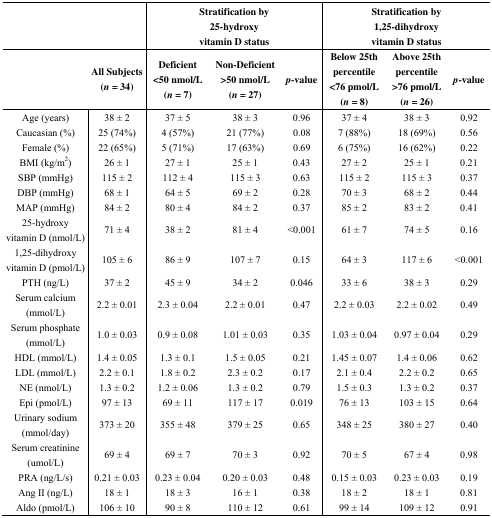
<table><thead><tr><td colspan="2"></td><td colspan="3"><b>Stratification by 25-hydroxy vitamin D status</b></td><td colspan="3"><b>Stratification by 1,25-dihydroxy vitamin D status</b></td></tr><tr><td></td><td><b>All Subjects (<i>n =</i> 34)</b></td><td><b>Deficient &lt;50 nmol/L (<i>n =</i> 7)</b></td><td><b>Non-Deficient &gt;50 nmol/L (<i>n =</i> 27)</b></td><td><b><i>p</i>-value</b></td><td><b>Below 25th percentile &lt;76 pmol/L (<i>n =</i> 8)</b></td><td><b>Above 25th percentile &gt;76 pmol/L (<i>n =</i> 26)</b></td><td><b><i>p</i>-value</b></td></tr></thead><tbody><tr><td>Age (years)</td><td>38 ± 2</td><td>37 ± 5</td><td>38 ± 3</td><td>0.96</td><td>37 ± 4</td><td>38 ± 3</td><td>0.92</td></tr><tr><td>Caucasian (%)</td><td>25 (74%)</td><td>4 (57%)</td><td>21 (77%)</td><td>0.08</td><td>7 (88%)</td><td>18 (69%)</td><td>0.56</td></tr><tr><td>Female (%)</td><td>22 (65%)</td><td>5 (71%)</td><td>17 (63%)</td><td>0.69</td><td>6 (75%)</td><td>16 (62%)</td><td>0.22</td></tr><tr><td>BMI (kg/m<sup>2</sup>)</td><td>26 ± 1</td><td>27 ± 1</td><td>25 ± 1</td><td>0.43</td><td>27 ± 2</td><td>25 ± 1</td><td>0.21</td></tr><tr><td>SBP (mmHg)</td><td>115 ± 2</td><td>112 ± 4</td><td>115 ± 3</td><td>0.63</td><td>115 ± 2</td><td>115 ± 3</td><td>0.37</td></tr><tr><td>DBP (mmHg)</td><td>68 ± 1</td><td>64 ± 5</td><td>69 ± 2</td><td>0.28</td><td>70 ± 3</td><td>68 ± 2</td><td>0.44</td></tr><tr><td>MAP (mmHg)</td><td>84 ± 2</td><td>80 ± 4</td><td>84 ± 2</td><td>0.37</td><td>85 ± 2</td><td>83 ± 2</td><td>0.41</td></tr><tr><td>25-hydroxy vitamin D (nmol/L)</td><td>71 ± 4</td><td>38 ± 2</td><td>81 ± 4</td><td>&lt;0.001</td><td>61 ± 7</td><td>74 ± 5</td><td>0.16</td></tr><tr><td>1,25-dihydroxy vitamin D (pmol/L)</td><td>105 ± 6</td><td>86 ± 9</td><td>107 ± 7</td><td>0.15</td><td>64 ± 3</td><td>117 ± 6</td><td>&lt;0.001</td></tr><tr><td>PTH (ng/L)</td><td>37 ± 2</td><td>45 ± 9</td><td>34 ± 2</td><td>0.046</td><td>33 ± 6</td><td>38 ± 3</td><td>0.29</td></tr><tr><td>Serum calcium (mmol/L)</td><td>2.2 ± 0.01</td><td>2.3 ± 0.04</td><td>2.2 ± 0.01</td><td>0.47</td><td>2.2 ± 0.03</td><td>2.2 ± 0.02</td><td>0.49</td></tr><tr><td>Serum phosphate (mmol/L)</td><td>1.0 ± 0.03</td><td>0.9 ± 0.08</td><td>1.01 ± 0.03</td><td>0.35</td><td>1.03 ± 0.04</td><td>0.97 ± 0.04</td><td>0.29</td></tr><tr><td>HDL (mmol/L)</td><td>1.4 ± 0.05</td><td>1.3 ± 0.1</td><td>1.5 ± 0.05</td><td>0.21</td><td>1.45 ± 0.07</td><td>1.4 ± 0.06</td><td>0.62</td></tr><tr><td>LDL (mmol/L)</td><td>2.2 ± 0.1</td><td>1.8 ± 0.2</td><td>2.3 ± 0.2</td><td>0.17</td><td>2.1 ± 0.4</td><td>2.2 ± 0.2</td><td>0.65</td></tr><tr><td>NE (nmol/L)</td><td>1.3 ± 0.2</td><td>1.2 ± 0.06</td><td>1.3 ± 0.2</td><td>0.79</td><td>1.5 ± 0.3</td><td>1.3 ± 0.2</td><td>0.37</td></tr><tr><td>Epi (pmol/L)</td><td>97 ± 13</td><td>69 ± 11</td><td>117 ± 17</td><td>0.019</td><td>76 ± 13</td><td>103 ± 15</td><td>0.64</td></tr><tr><td>Urinary sodium (mmol/day)</td><td>373 ± 20</td><td>355 ± 48</td><td>379 ± 25</td><td>0.65</td><td>348 ± 25</td><td>380 ± 27</td><td>0.40</td></tr><tr><td>Serum creatinine (umol/L)</td><td>69 ± 4</td><td>69 ± 7</td><td>70 ± 3</td><td>0.92</td><td>70 ± 5</td><td>67 ± 4</td><td>0.98</td></tr><tr><td>PRA (ng/L/s)</td><td>0.21 ± 0.03</td><td>0.23 ± 0.04</td><td>0.20 ± 0.03</td><td>0.48</td><td>0.15 ± 0.03</td><td>0.23 ± 0.03</td><td>0.19</td></tr><tr><td>Ang II (ng/L)</td><td>18 ± 1</td><td>18 ± 3</td><td>16 ± 1</td><td>0.38</td><td>18 ± 2</td><td>18 ± 1</td><td>0.81</td></tr><tr><td>Aldo (pmol/L)</td><td>106 ± 10</td><td>90 ± 8</td><td>110 ± 12</td><td>0.61</td><td>99 ± 14</td><td>109 ± 12</td><td>0.91</td></tr></tbody></table>